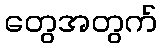
တွေအတွက်